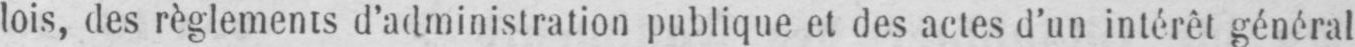
lois, des règlements d’administration publique et des actes d’un intérêt général